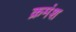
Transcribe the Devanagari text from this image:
क्रमंश